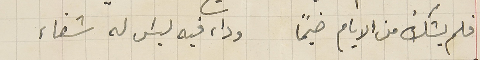
فلم يشكُ من الايام ضيماً وداء فيه ليسَ له شفاء